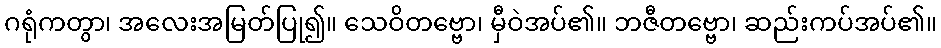
ဂရုံကတွာ၊ အလေးအမြတ်ပြု၍။ သေဝိတဗ္ဗော၊ မှီဝဲအပ်၏။ ဘဇီတဗ္ဗော၊ ဆည်းကပ်အပ်၏။